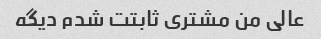
عالی من مشتری ثابتت شدم دیگه